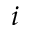
i